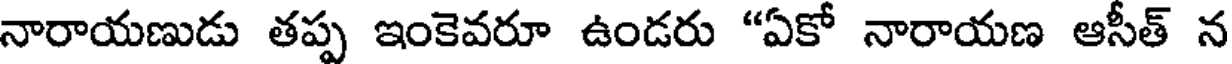
నారాయణుడు తప్ప ఇంకెవరూ ఉండరు "ఏకో నారాయణ ఆసీత్ న